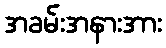
အခမ်းအနားအား